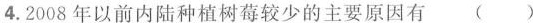
4.2008年以前内陆种植树莓较少的主要原因有 ()